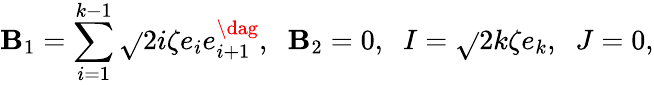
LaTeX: \mathbf{B}_{1}=\sum_{i=1}^{k-1}\sqrt{}{{2i\zeta}}e_{i}e_{i+1}^{\dag},\; \; \mathbf{B}_{2}=0,\; \; I=\sqrt{}{{2k\zeta}}e_{k},\; \; J=0,